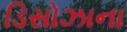
ડિસોઝાના